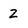
Character: 2